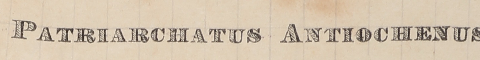
PATRIARCHATUS ANTIOCHENUS